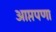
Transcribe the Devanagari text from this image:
आप्तपणा